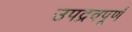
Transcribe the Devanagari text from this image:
उपद्रवपूर्ण